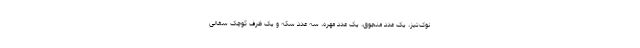
نوک‌تیز، یک عدد منجوق، یک عدد مهره، سه عدد سکه و یک ظرف کوچک سفالی